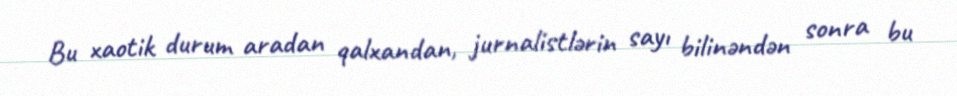
Bu xaotik durum aradan qalxandan, jurnalistlərin sayı bilinəndən sonra bu